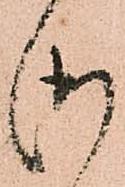
御